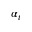
\alpha _ { t }